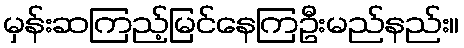
မှန်းဆကြည့်မြင်နေကြဦးမည်နည်း။